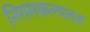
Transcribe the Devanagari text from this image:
निगमकल्पतरु